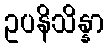
ဥပနိသိန္နာ